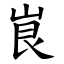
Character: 峎